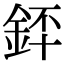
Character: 銔